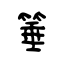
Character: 箠